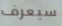
سيعرف